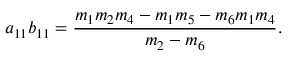
a _ { 1 1 } b _ { 1 1 } = \frac { m _ { 1 } m _ { 2 } m _ { 4 } - m _ { 1 } m _ { 5 } - m _ { 6 } m _ { 1 } m _ { 4 } } { m _ { 2 } - m _ { 6 } } .